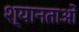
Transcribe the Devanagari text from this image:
श्यानताओं